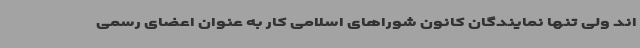
اند ولی تنها نمایندگان کانون شوراهای اسلامی کار به عنوان اعضای رسمی